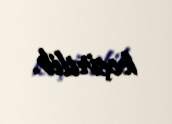
keçirilib.